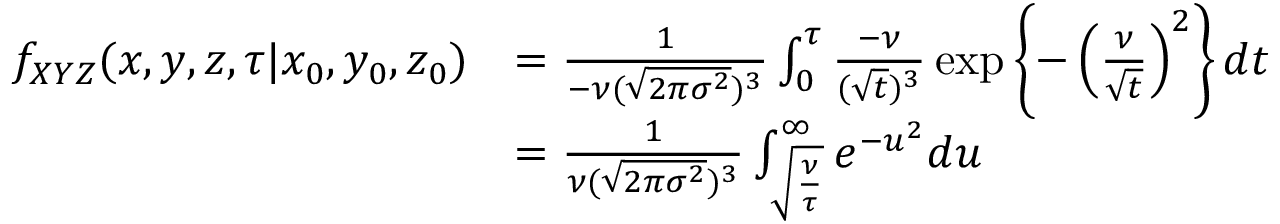
\begin{array} { r l } { f _ { X Y Z } ( x , y , z , \tau \vert x _ { 0 } , y _ { 0 } , z _ { 0 } ) } & { = \frac { 1 } { - \nu ( \sqrt { 2 \pi \sigma ^ { 2 } } ) ^ { 3 } } \int _ { 0 } ^ { \tau } \frac { - \nu } { ( \sqrt { t } ) ^ { 3 } } \exp \left\lbrace - \left( \frac { \nu } { \sqrt { t } } \right) ^ { 2 } \right\rbrace d t } \\ & { = \frac { 1 } { \nu ( \sqrt { 2 \pi \sigma ^ { 2 } } ) ^ { 3 } } \int _ { \sqrt { \frac { \nu } { \tau } } } ^ { \infty } e ^ { - u ^ { 2 } } d u } \end{array}